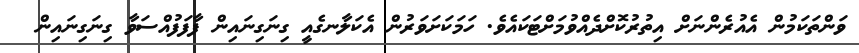
ވަންތަކަމުން އެއުރެންނަށް އިތުރުކޮށްދެއްވުމަށްޓަކައެވެ. ހަމަކަށަވަރުން އެކަލާނގެއީ ގިނަގިނައިން ފާފަފުއްސަވާ ގިނަގިނައިން